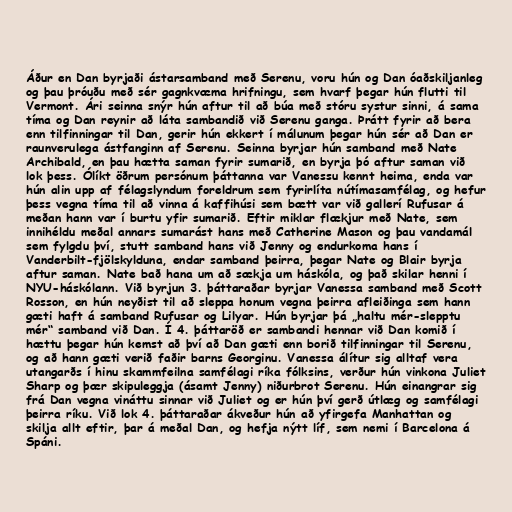
Áður en Dan byrjaði ástarsamband með Serenu, voru hún og Dan óaðskiljanleg
og þau þróuðu með sér gagnkvæma hrifningu, sem hvarf þegar hún flutti til
Vermont. Ári seinna snýr hún aftur til að búa með stóru systur sinni, á sama
tíma og Dan reynir að láta sambandið við Serenu ganga. Þrátt fyrir að bera
enn tilfinningar til Dan, gerir hún ekkert í málunum þegar hún sér að Dan er
raunverulega ástfanginn af Serenu. Seinna byrjar hún samband með Nate
Archibald, en þau hætta saman fyrir sumarið, en byrja þó aftur saman við
lok þess. Ólíkt öðrum persónum þáttanna var Vanessu kennt heima, enda var
hún alin upp af félagslyndum foreldrum sem fyrirlíta nútímasamfélag, og hefur
þess vegna tíma til að vinna á kaffihúsi sem bætt var við gallerí Rufusar á
meðan hann var í burtu yfir sumarið. Eftir miklar flækjur með Nate, sem
innihéldu meðal annars sumarást hans með Catherine Mason og þau vandamál
sem fylgdu því, stutt samband hans við Jenny og endurkoma hans í
Vanderbilt-fjölskylduna, endar samband þeirra, þegar Nate og Blair byrja
aftur saman. Nate bað hana um að sækja um háskóla, og það skilar henni í
NYU-háskólann. Við byrjun 3. þáttaraðar byrjar Vanessa samband með Scott
Rosson, en hún neyðist til að sleppa honum vegna þeirra afleiðinga sem hann
gæti haft á samband Rufusar og Lilyar. Hún byrjar þá „haltu mér-slepptu
mér“ samband við Dan. Í 4. þáttaröð er sambandi hennar við Dan komið í
hættu þegar hún kemst að því að Dan gæti enn borið tilfinningar til Serenu,
og að hann gæti verið faðir barns Georginu. Vanessa álítur sig alltaf vera
utangarðs í hinu skammfeilna samfélagi ríka fólksins, verður hún vinkona Juliet
Sharp og þær skipuleggja (ásamt Jenny) niðurbrot Serenu. Hún einangrar sig
frá Dan vegna vináttu sinnar við Juliet og er hún því gerð útlæg og samfélagi
þeirra ríku. Við lok 4. þáttaraðar ákveður hún að yfirgefa Manhattan og
skilja allt eftir, þar á meðal Dan, og hefja nýtt líf, sem nemi í Barcelona á
Spáni.